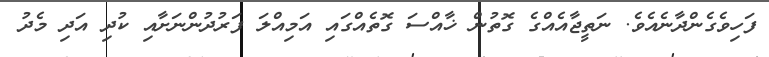
ފަހިވެގެންދާނެއެވެ. ނަތީޖާއެއްގެ ގޮތުން ޚާއްސަ ގޮތެއްގައި އަމިއްލަ ފަރުދުންނަށާއި ކުދި އަދި މެދު